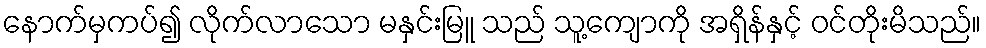
နောက်မှကပ်၍ လိုက်လာသော မနှင်းမြူ သည် သူ့ကျောကို အရှိန်နှင့် ဝင်တိုးမိသည်။